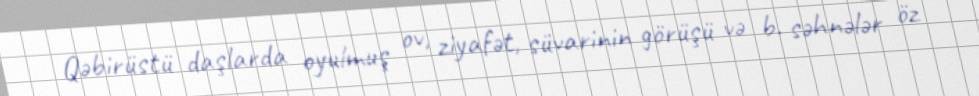
Qəbirüstü daşlarda oyulmuş ov, ziyafət, süvarinin görüşü və b. səhnələr öz